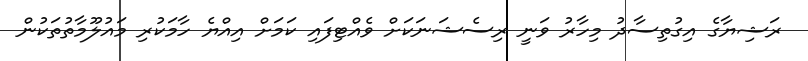
ރަޝިޔާގެ އިގުތިސާދު މިހާރު ވަނީ ރިސެޝަނަކަށް ވެއްޓިފައި ކަމަށް އިއްޔެ ހާމަކުރި މައުލޫމާތުތަކުން